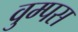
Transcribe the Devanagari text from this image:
वुम्पस